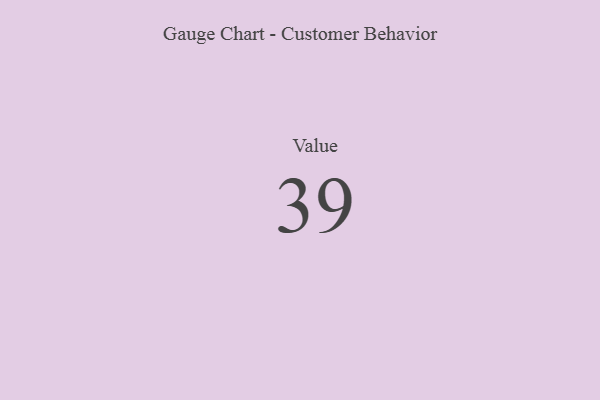
{"axis": {"x": "Metric", "y": "Value"}, "legend": [""], "data": [{"x": "Value", "y": 39, "type": ""}]}